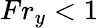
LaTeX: Fr_{y}<1